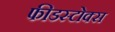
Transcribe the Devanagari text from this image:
फीडस्टोक्स